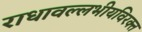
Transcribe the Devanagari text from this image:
राधावल्लभीयविरक्त